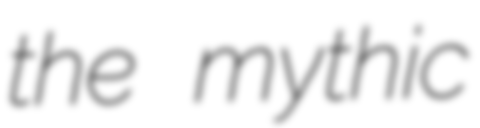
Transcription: the mythic